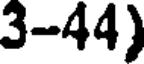
3-44)